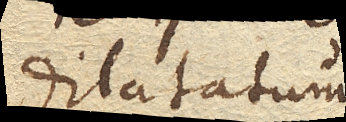
dilatatum.